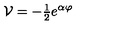
{ \cal V } = - { \textstyle \frac { 1 } { 2 } } e ^ { \alpha \varphi }